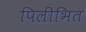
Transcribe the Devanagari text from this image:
पिलीभित